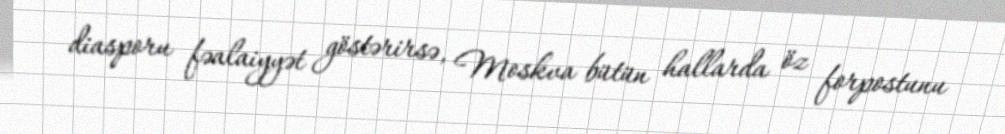
diasporu fəalaiyyət göstərirsə, Moskva bütün hallarda öz forpostunu